Vaccine operations Central Provinces 1886-1899 - 1886-1899
Year: 1886
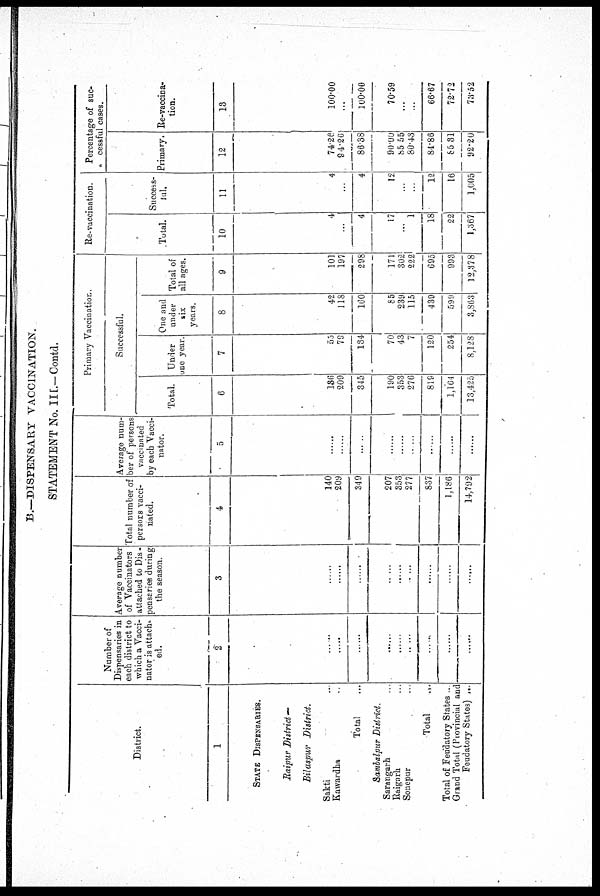
B.—DISPENSARY VACCINATION.
STATEMENT No. III.—Contd.
District.
1
STATE DISPENSARIES.
Raipur District—
Bilaspur District.
Sakti ...
Kawardha ...
Total ...
Sambalpur District.
Sarangarh ...
Raigarh ...
Sonepur ...
Total ...
Total of Feudatory States ...
Grand Total (Provincial and
Feudatory States) ...
Number of
Dispensaries in
each district to
which a Vacci-
nator is attach¬
ed.
2
......
......
......
......
......
......
......
......
......
Average number
of Vaccinators
attached to Dis¬
pensaries during
the season.
3
......
......
......
......
......
..
......
......
......
Total number of
persons vacci-
nated.
4
140
209
349
207
353
277
837
1,186
14,792
Average num-
ber of persons
vaccinated
by each Vacci-
nator.
5
......
......
......
......
......
......
......
......
Primary Vaccination.
Successful.
Total.
6
136
209
345
190
353
276
819
1,164
13,425
Under
one year.
7
55
79
134
70
43
7
120
254
8,128
One and
under
six
years.
8
42
118
160
85
239
115
439
599
3,863
Total of
all ages.
9
101
197
298
171
302
222
695
993
12,378
Re-vaccination.
Total.
10
4
...
4
17
...
1
18
22
1,367
Success-
ful.
11
4
...
4
12
...
...
12
16
1,005
Percentage of suc-
cessful cases.
Primary.
12
74.26
94.26
86.38
90.00
85.55
80.43
84.86
85.31
92.20
Re-vaccina-
tion.
13
100.00
...
100.00
70.59
...
...
66.67
72.72
73.52